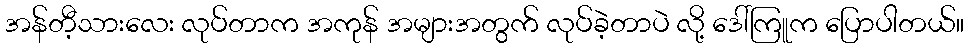
အန်တီ့သားလေး လုပ်တာက အကုန် အများအတွက် လုပ်ခဲ့တာပဲ လို့ ဒေါ်ကြူက ပြောပါတယ်။